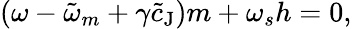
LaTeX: \left(\omega-\tilde{\omega}_{m}+\gamma\tilde{c}_{\mathrm{J}}\right)m+\omega_{s}h=0,